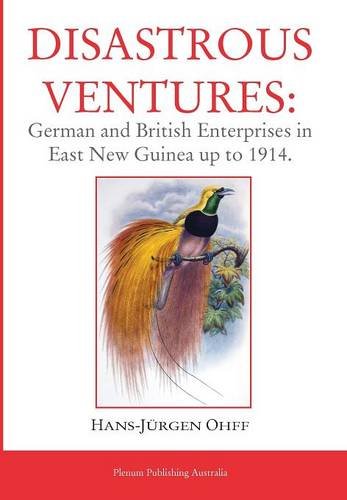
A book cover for Disastrous Ventures: German and British Enterprises in East New Guinea up to 1914; Hans-JÃ¼rgen Ohff; History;